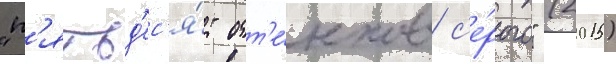
"п'ятьд'ес'я́т отт'е́нков с'е́рого" (2015)